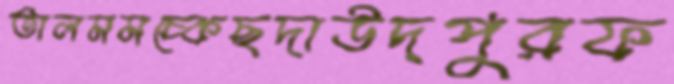
তালমমচ্‌কেছদাউদপুরফ